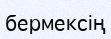
бермексің